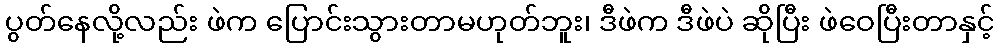
ပွတ်နေလို့လည်း ဖဲက ပြောင်းသွားတာမဟုတ်ဘူး၊ ဒီဖဲက ဒီဖဲပဲ ဆိုပြီး ဖဲဝေပြီးတာနှင့်